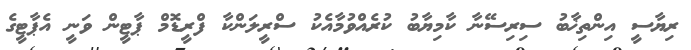
ރިޔާސީ އިންތިޚާބު ސިރިސޭނާ ކާމިޔާބު ކުރެއްވުމާއެކު ސްރީލަންކާ ފްރީޑޮމް ޕާޓީން ވަނީ އެޕާޓީގެ